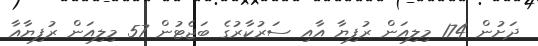
ދަށުން 174 މިލިއަން ރުފިޔާ އާއި ސަރުކާރުގެ ބަޖެޓުން 57 މިލިއަން ރުފިޔާއާ